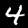
Digit: 4